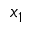
x _ { 1 }